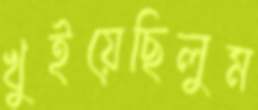
খুইয়েছিলুম